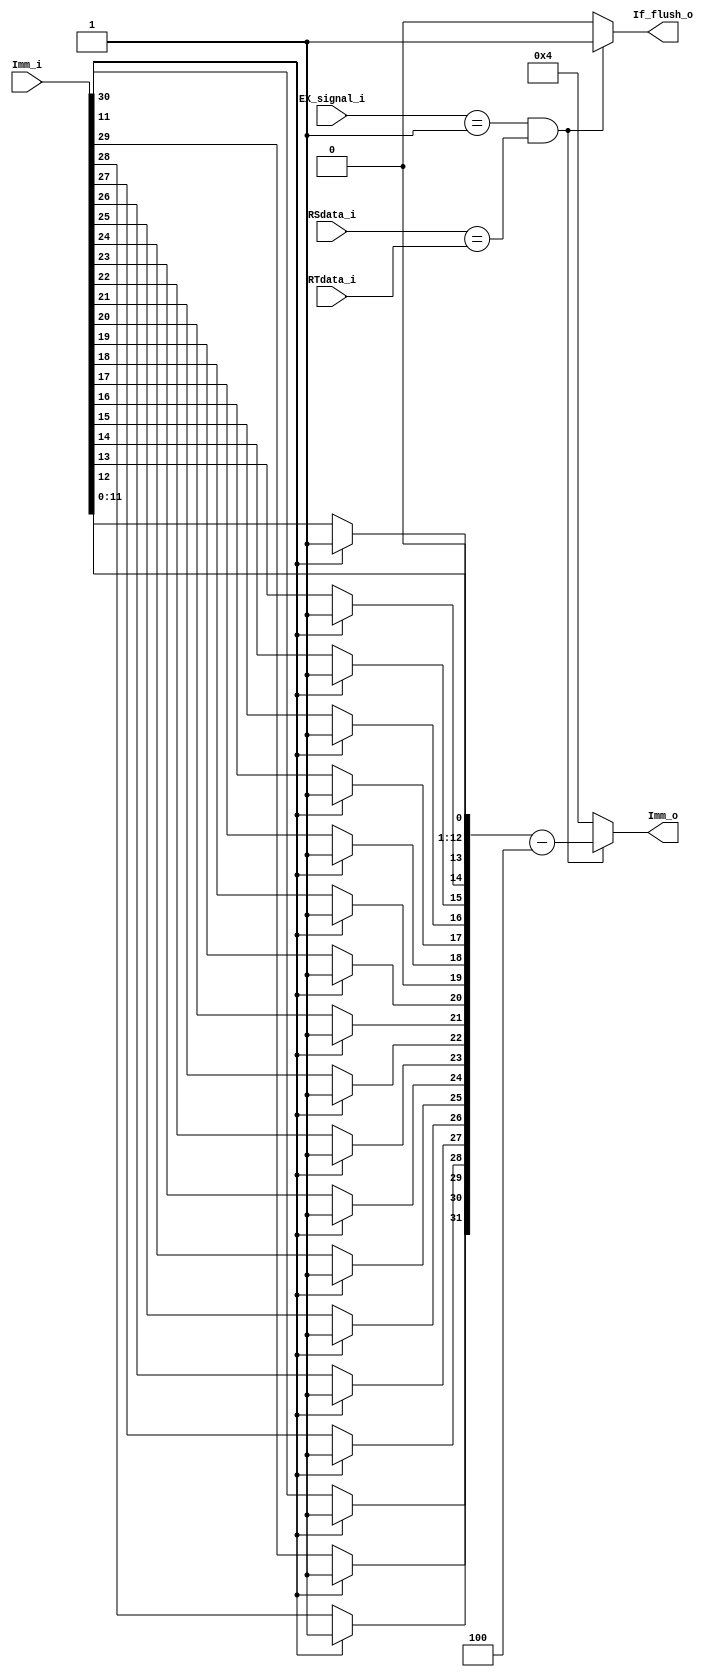
// If_flush_o connect to PC and IF_ID, change PC and flush IF_ID
// Control tell If_branch_i if this is an branch instruction
// RS and RT are both 32 bit value

module Flush_Unit(
	EX_signal_i,
	Imm_i,
    RSdata_i,
    RTdata_i, 
    If_flush_o,
    Imm_o
);


input [1:0]  EX_signal_i;
input [31:0] RSdata_i;
input [31:0] RTdata_i;
input [31:0] Imm_i;
integer i;

output reg If_flush_o;
output reg [31:0] Imm_o = 32'd4;
reg [31:0] tmp;	


always@(EX_signal_i or RSdata_i or RTdata_i)begin
	tmp = Imm_i;
	if (tmp[11] == 1)begin
		for(i=0; i<20; i=i+1)begin
			tmp[12+i] = 1;
		end
	end
	if (EX_signal_i == 2'b01 && (RSdata_i == RTdata_i)) begin
		If_flush_o = 1;
		Imm_o = (tmp << 1 )- 4;
	end
	else begin
		If_flush_o = 0;
		Imm_o = 32'd4;
	end
end
endmodule